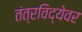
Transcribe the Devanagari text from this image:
तंत्रविद्येवर